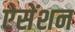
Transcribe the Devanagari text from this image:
ऐसेंशन